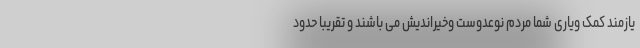
یازمند کمک ویاری شما مردم نوعدوست وخیراندیش می باشند و تقریبا حدود